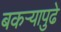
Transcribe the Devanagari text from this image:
बकऱ्यापुढे